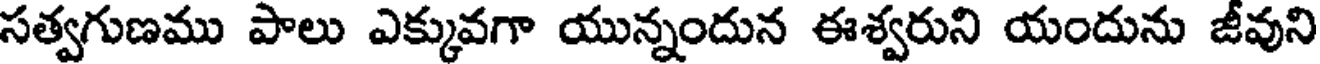
సత్వగుణము పాలు ఎక్కువగా యున్నందున ఈశ్వరుని యందును జీవుని